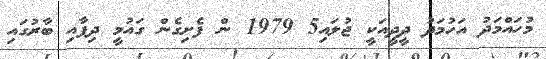
މުހައްމަދު އަހުމަދު ދީދީއަކީ ޖުލައި5 1979 ން ފެށިގެން ގައުމީ ދިފާއި ބާރުގައި